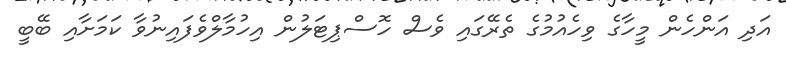
އަދި އަންހެން މީހާގެ ވިހެއުމުގެ ތެރޭގައި ވެސް ހޮސްޕިޓަލުން އިހުމާލްވެފައިނުވާ ކަމަށާއި ބޭބީ